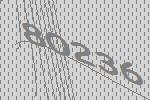
80236